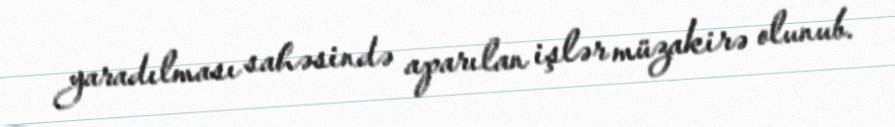
yaradılması sahəsində aparılan işlər müzakirə olunub.